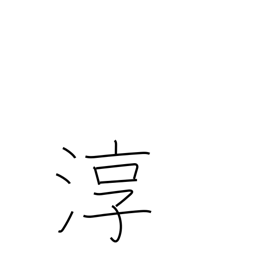
Meaning: pure